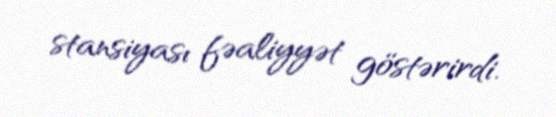
stansiyası fəaliyyət göstərirdi.